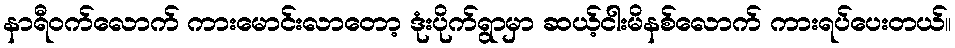
နာရီဝက်လောက် ကားမောင်းလာတော့ ဒုံးပိုက်ရွာမှာ ဆယ့်ငါးမိနစ်လောက် ကားရပ်ပေးတယ်။